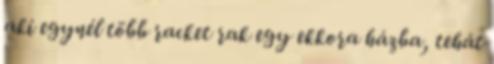
aki egynél több racket rak egy ekkora házba, tehát